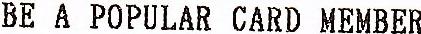
BE A POPULAR CARD MEMBER